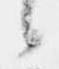
候